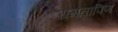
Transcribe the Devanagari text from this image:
रामतापिण